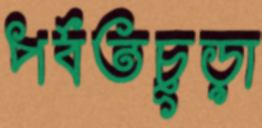
পর্বতচূড়া